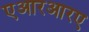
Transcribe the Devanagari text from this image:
एआरआरए